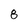
Character: 8